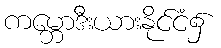
ကမ္ဘောဒီးယားနိုင်ငံ၌